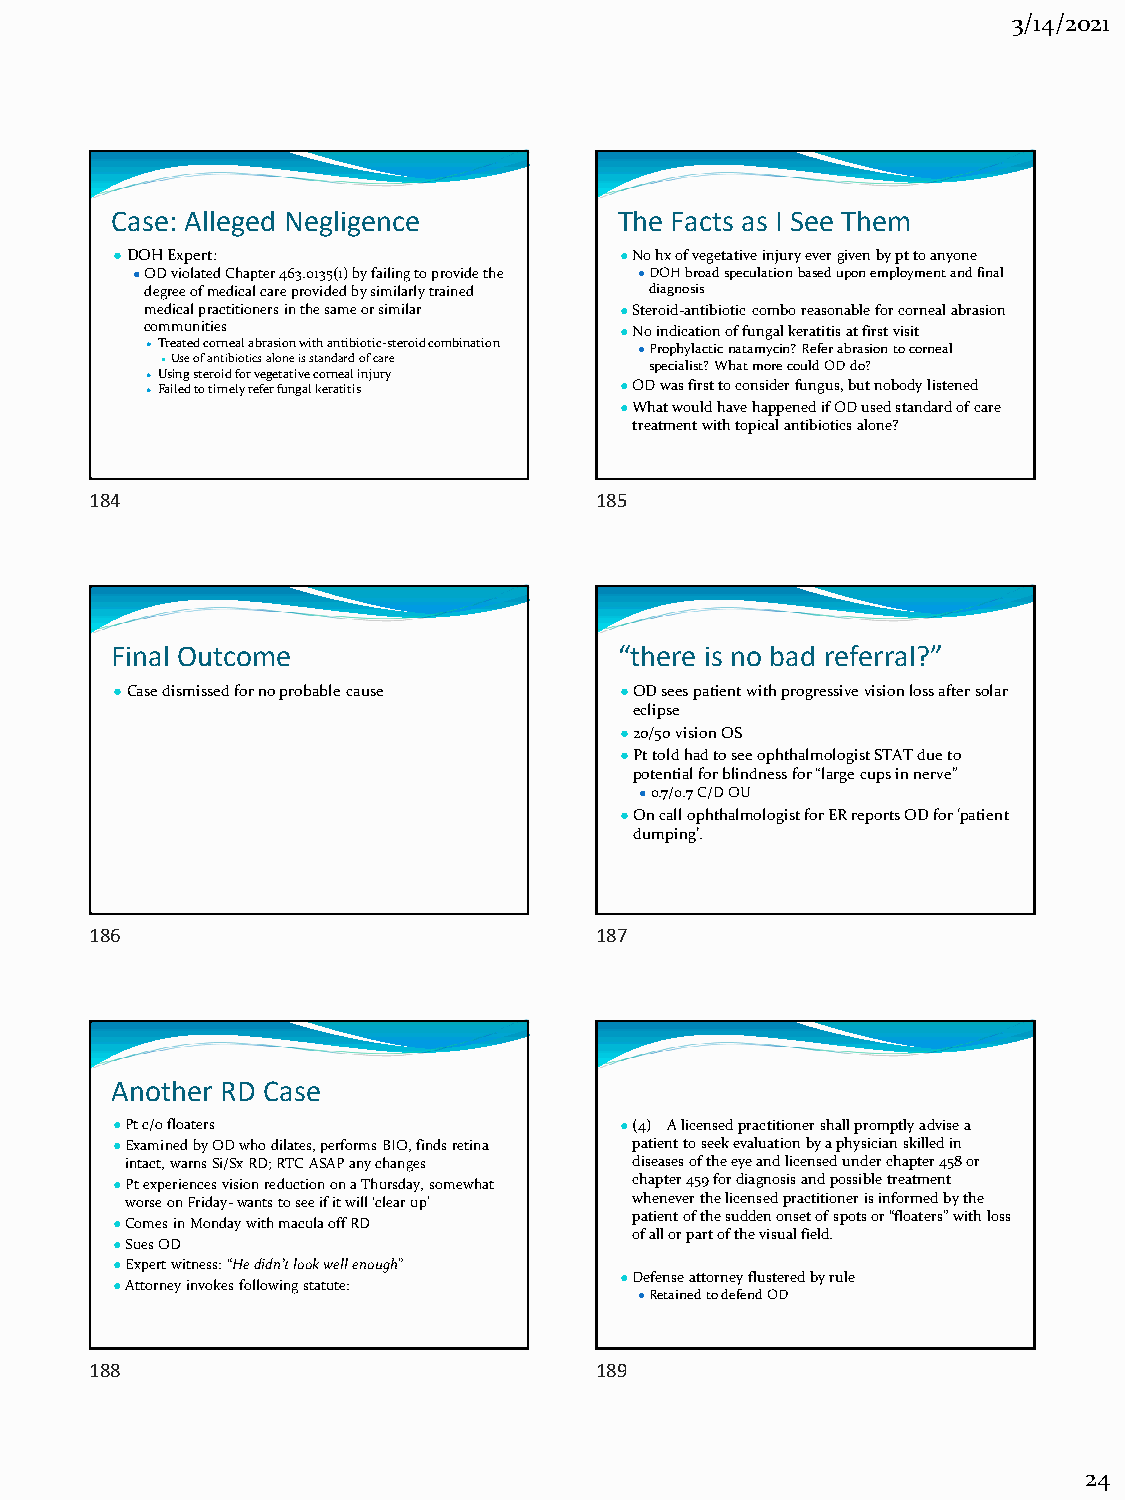
3/14/2021
 Case: Alleged Negligence          The Facts as I See Them
 ●DOH Expert:                     ●No hx of vegetative injury ever given by pt to anyone
 ●OD violated Chapter 463.0135(1) by failing to provide the ●DOH broad speculation based upon employment and final
 degree of medical care provided by similarly trained diagnosis
 medical practitioners in the same or similar ●Steroid-antibiotic combo reasonable for corneal abrasion
 communities                    ●No indication of fungal keratitis at first visit
 ●Treated corneal abrasion with antibiotic-steroid combination ●Prophylactic natamycin? Refer abrasion to corneal
 ●Use of antibiotics alone is standard of care specialist? What more could OD do?
 ●Using steroid for vegetative corneal injury
 ●Failed to timely refer fungal keratitis ●OD was first to consider fungus, but nobody listened
 ●What would have happened if OD used standard of care
 treatment with topical antibiotics alone?
 184                              185
 Final Outcome                     “there is no bad referral?”
 ●Case dismissed for no probable cause ●OD sees patient with progressive vision loss after solar
 eclipse
 ●20/50 vision OS
 ●Pt told had to see ophthalmologist STAT due to
 potential for blindness for “large cups in nerve”
 ●0.7/0.7 C/D OU
 ●On call ophthalmologist for ER reports OD for ‘patient
 dumping’.
 186                              187
 Another RD Case
 ●Pt c/o floaters                 ●(4) A licensed practitioner shall promptly advise a
 ●Examined by OD who dilates, performs BIO, finds retina patient to seek evaluation by a physician skilled in
 intact, warns Si/Sx RD; RTC ASAP any changes diseases of the eye and licensed under chapter 458 or
 ●Pt experiences vision reduction on a Thursday, somewhat chapter 459 for diagnosis and possible treatment
 worse on Friday-wants to see if it will ‘clear up’ whenever the licensed practitioner is informed by the
 patient of the sudden onset of spots or “floaters” with loss
 ●Comes in Monday with macula off RD
 of all or part of the visual field.
 ●Sues OD
 ●Expert witness: “He didn’t look well enough”
 ●Defense attorney flustered by rule
 ●Attorney invokes following statute:
 ●Retained to defend OD
 188                              189
 24